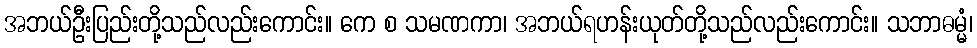
အဘယ်ဦးပြည်းတို့သည်လည်းကောင်း။ ကေ စ သမဏကာ၊ အဘယ်ရဟန်းယုတ်တို့သည်လည်းကောင်း။ သဘာဓမ္မံ၊